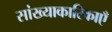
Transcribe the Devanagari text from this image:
सांख्याकारिकाएँ